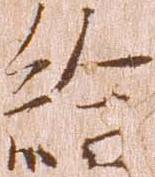
給